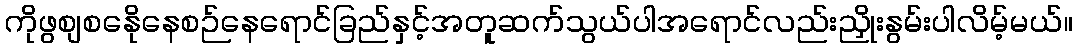
ကိုဖွစျစနေိုနေစဉ်နေရောင်ခြည်နှင့်အတူဆက်သွယ်ပါအရောင်လည်းညှိုးနွမ်းပါလိမ့်မယ်။